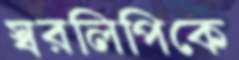
স্বরলিপিকে